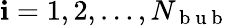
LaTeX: \mathbf{i}=1,2,\dots,N_{\mathrm{{~b~u~b~}}}